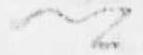
卿